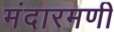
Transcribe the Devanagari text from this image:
मंदारमणी